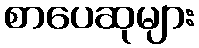
စာပေဆုများ